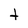
Character: t